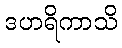
ဒဟရိကာသိ